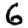
Digit: 6